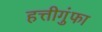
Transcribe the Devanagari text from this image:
हत्तीगुंफा